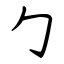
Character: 勹